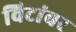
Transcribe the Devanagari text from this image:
विटांवर